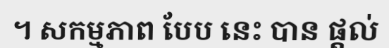
។ សកម្មភាព បែប នេះ បាន ផ្តល់